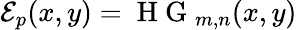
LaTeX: \mathcal{E}_{p}(x,y)=\mathrm{~H~G~}_{m,n}(x,y)